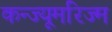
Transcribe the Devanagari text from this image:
कन्ज्यूमरिज्म